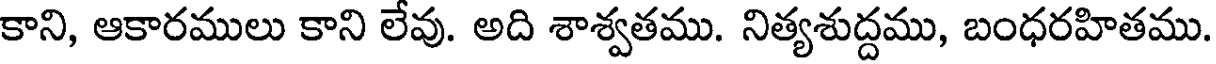
కాని, ఆకారములు కాని లేవు. అది శాశ్వతము. నిత్యశుద్దము, బంధరహితము